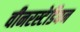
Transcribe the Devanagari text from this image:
वीनरस्टेडियन